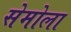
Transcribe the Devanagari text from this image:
सेमोला